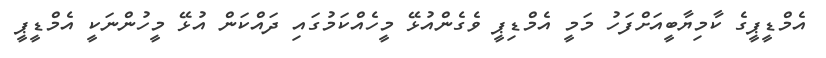
އެމްޑީޕީގެ ކާމިޔާބީއަށްފަހު މަމީ އެމްޑިޕީ ވެގެންއުޅޭ މީހެއްކަމުގައި ދައްކަން އުޅޭ މީހުންނަކީ އެމްޑީޕީ